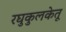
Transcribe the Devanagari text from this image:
रघुकुलकेतू